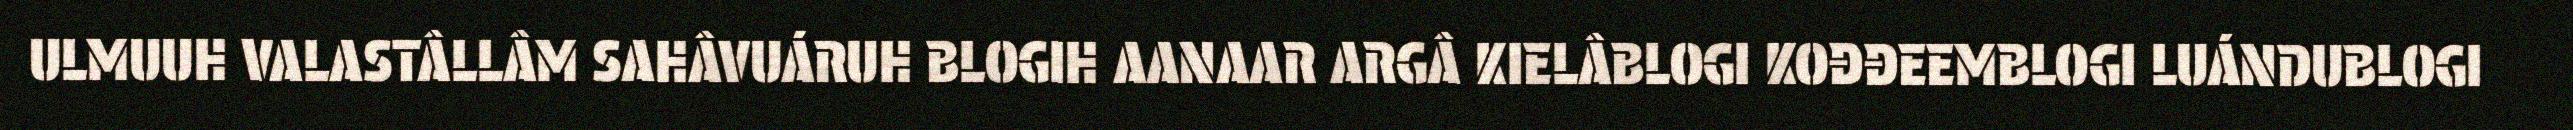
ULMUUH VALASTÂLLÂM SAHÂVUÁRUH BLOGIH AANAAR ARGÂ KIELÂBLOGI KOĐĐEEMBLOGI LUÁNDUBLOGI